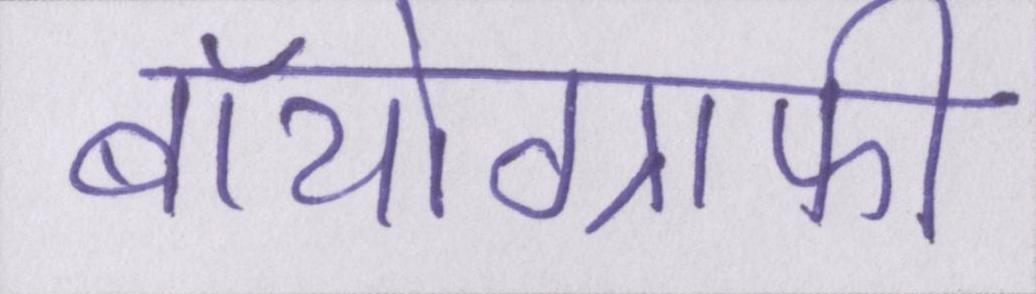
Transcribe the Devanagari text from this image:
बॉयोग्राफी